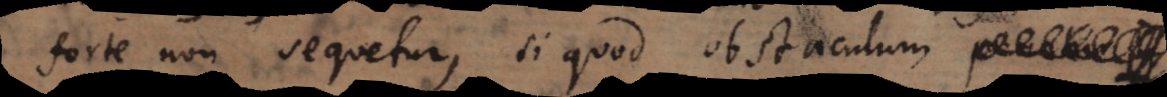
forte non sequetur, si quod obstaculum